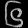
Digit: ၆